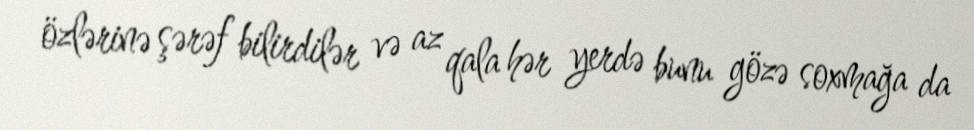
özlərinə şərəf bilirdilər və az qala hər yerdə bunu gözə soxmağa da